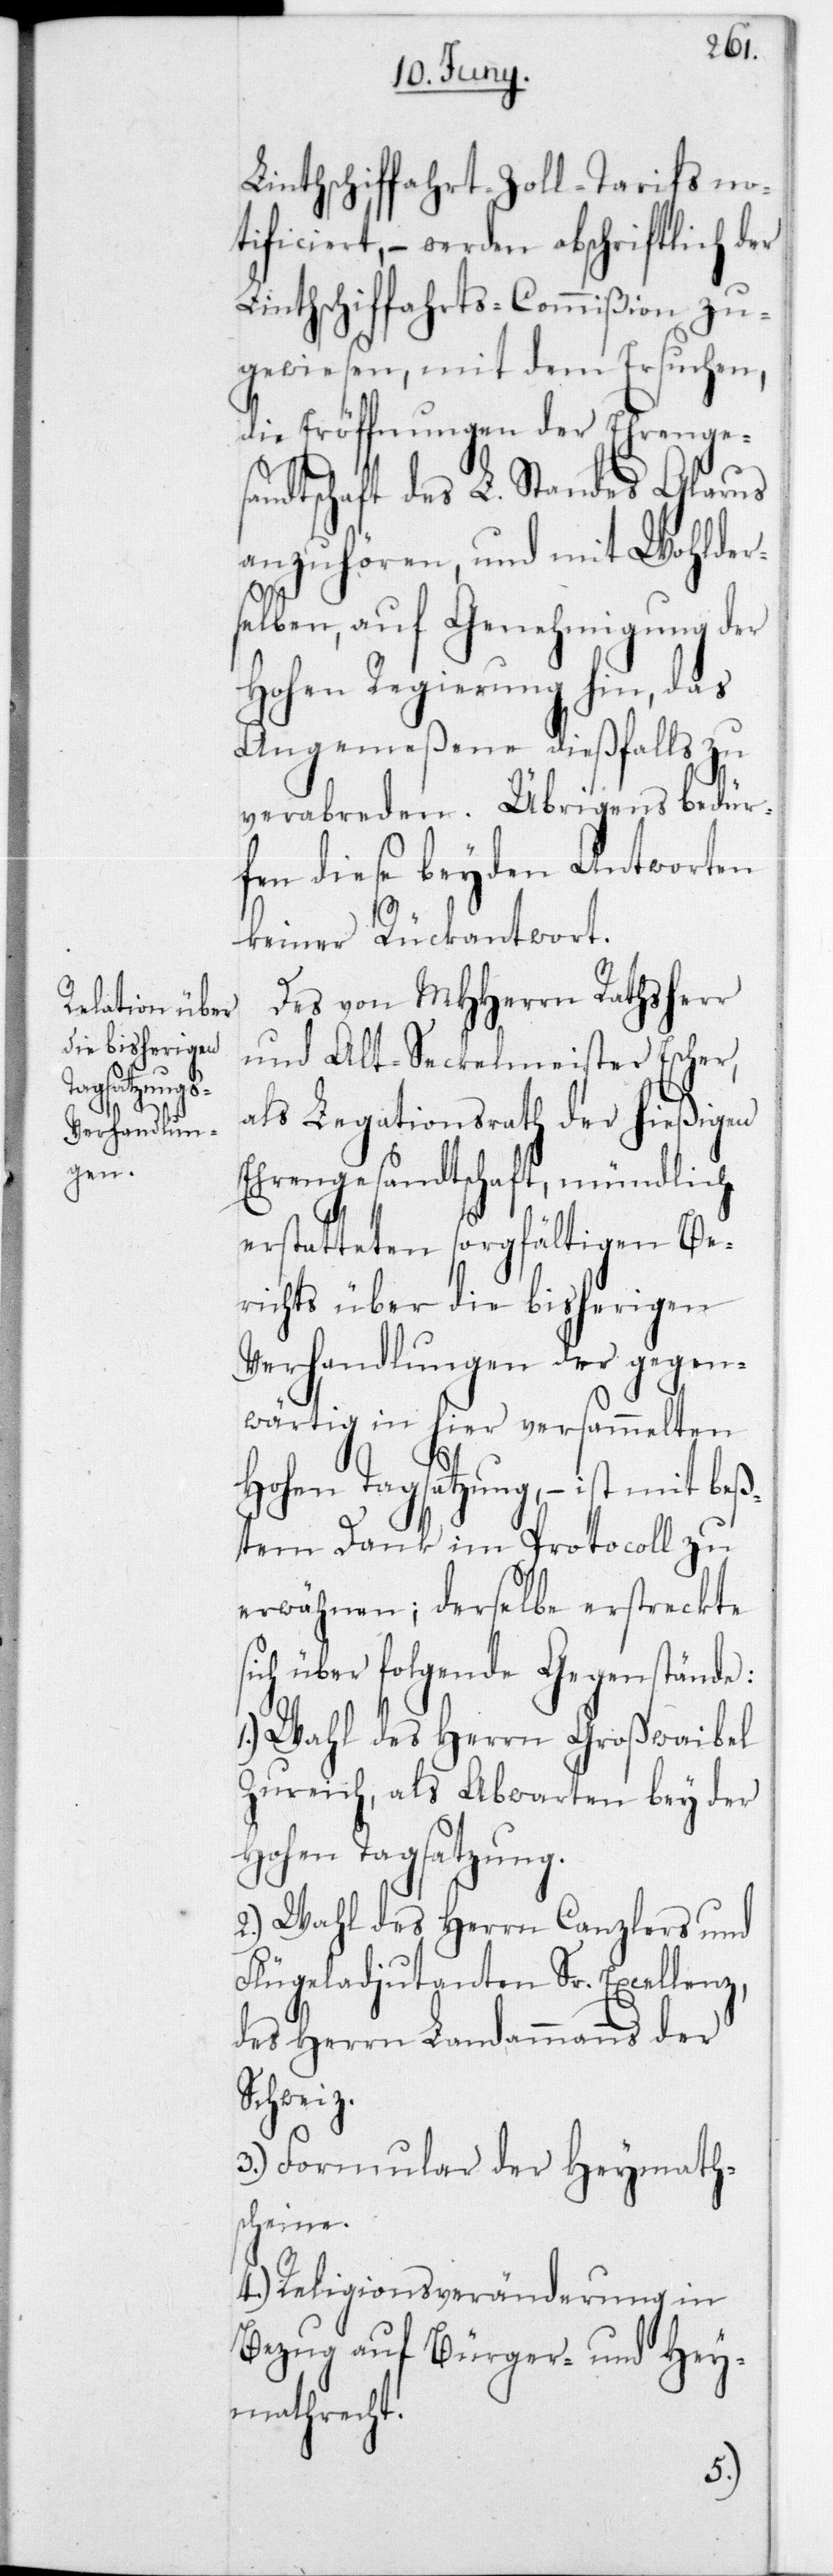
Linthschiffahrt-Zoll-Tarifs no¬
tificiert, – werden abschriftlich der
Linthschiffahrts-Commißion zu¬
gewiesen, mit dem Ersuchen,
die Eröffnungen der Ehrenges¬
andtschaft des L. Standes Glarus
anzuhören, und mit wohlder¬
selben, auf Genehmigung der
Hohen Regierung hin, das
Angemeßene dießfalls zu
verabreden. Übrigens bedür¬
fen diese beyden Antworten
keiner Rückantwort.
Des von MHHerrn Rathsherr
und Alt-Seckelmeister Escher,
als Legationsrath der hießigen
Ehrengesandtschaft, mündlich
erstatteten sorgfältigen Be¬
richts über die bisherigen
Verhandlungen der gegen¬
wärtig in hier versammelten
Hohen Tagsatzung, – ist mit beß¬
tem Dank im Protocoll zu
erwähnen; derselbe erstreckte
sich über folgende Gegenstände:
Wahl des Herrn Großweibel
Zureich, als Abwarten bey der
Hohen Tagsatzung.
2.) Wahl des Herrn Canzlers und
Flügeladjudanten Sr. Excellenz,
des Herrn Landammanns der
Schweiz.
3.) Formular der Heymaths¬
cheine.
4.) Religionsveränderung in
Bezug auf Bürger- und Hey¬
mathrecht.